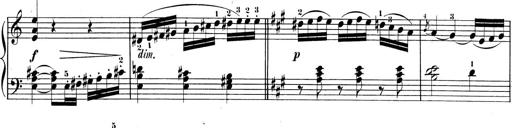
Title: 3 Sonatinen, Op.8
Composer: Isidor Wilhelm Seiss